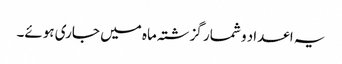
یہ اعداد و شمار گزشتہ ماہ میں جاری ہوئے۔